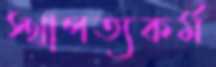
স্থাপত্যকর্ম